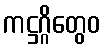
ကဋ္ဌဂ္ဂိတွေဝ